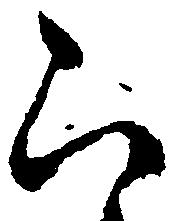
ら